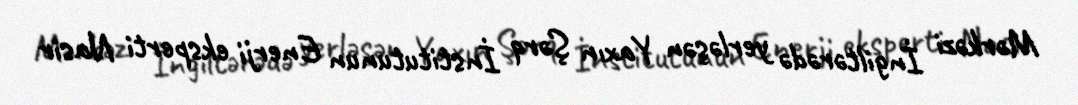
Mərkəzi İngiltərədə yerləşən Yaxın Şərq İnstitutunun Enerji eksperti Nasir